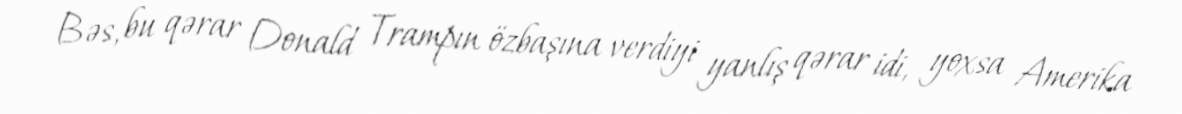
Bəs, bu qərar Donald Trampın özbaşına verdiyi yanlış qərar idi, yoxsa Amerika